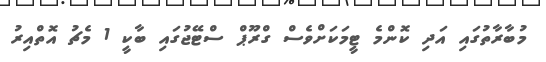
މުބާރާތުގައި އަދި ކޮންމެ ޓީމަކަށްވެސް ގްރޫޕް ސްޓޭޖުގައި ބާކީ 1 މެޗު އޮތްއިރު